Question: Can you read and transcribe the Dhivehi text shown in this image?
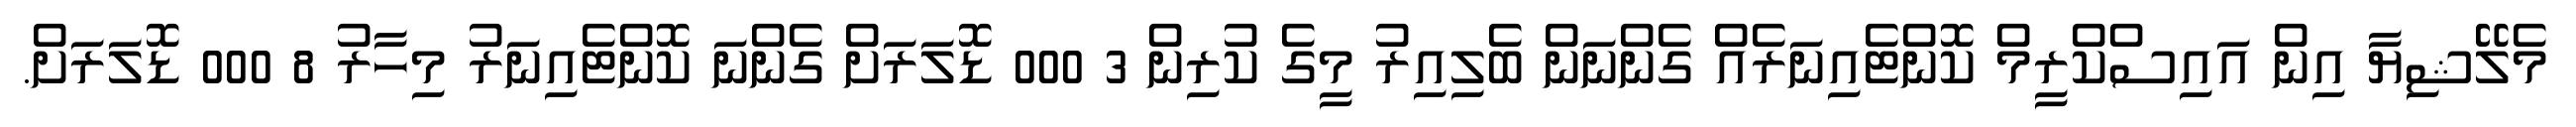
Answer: މެލޭޝިޔާ އިން އައިސްކްރީމް ކޮންޓެއިނަރެއް ގެންނަން ބެލިއިރު މީގެ ކުރިން 3 000 ޑޮލަރަށް ގެންނަ ކޮންޓެއިނަރު މިހާރު 8 000 ޑޮލަރަށް.